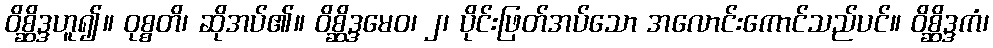
ဝိစ္ဆိဒ္ဒဟူ၍။ ဝုစ္စတိ၊ ဆိုအပ်၏။ ဝိစ္ဆိဒ္ဒမေဝ၊ ၂၊ ပိုင်းဖြတ်အပ်သော အလောင်းကောင်သည်ပင်။ ဝိစ္ဆိဒ္ဒကံ၊